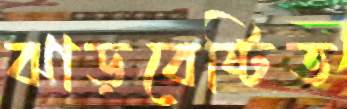
ঝাড়বেষ্টিত